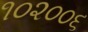
૧૦૨૦૦૬